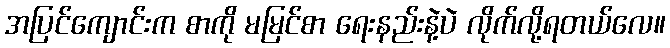
အပြင်ကျောင်းက စာကို မမြင်စာ ရေးနည်းနဲ့ပဲ လိုက်လို့ရတယ်လေ။